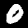
Digit: 0